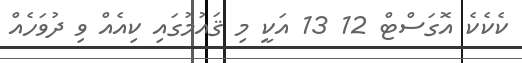
ކެކެކެ އޮގަސްޓް 12 13 އަކީ މި ޤައުމުގައި ކިއެއް ވި ދުވަހެެއް